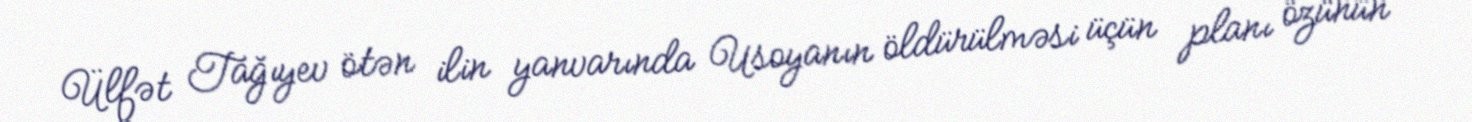
Ülfət Tağıyev ötən ilin yanvarında Usoyanın öldürülməsi üçün planı özünün